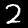
Label: 2